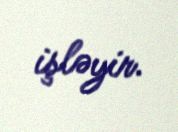
işləyir.